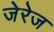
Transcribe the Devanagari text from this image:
जेरेज